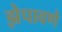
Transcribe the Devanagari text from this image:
झेपावणे